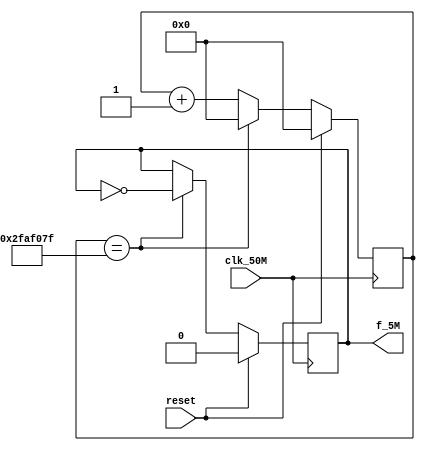
module f_div(reset,clk_50M,f_5M);
    input reset;
    input clk_50M;
    output f_5M;
    reg f_5M;
    reg[31:0] count;
    
  always @(posedge clk_50M)
    if(reset)
      begin
        f_5M <= 0;
        count <=0;
      end
    else
      begin
        if(count == (49999999))
          begin
            count <= 0;
            f_5M <= ~f_5M;
          end
        else
          count <= count+1;
        end
      endmodule